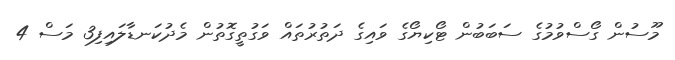
މޫސުން ގޯސްވުމުގެ ސަބަބުން ޓޯކިޔޯގެ ވައިގެ ދަތުރުތައް ވަގުތީގޮތުން މެދުކަނޑާލައިފި3 މަސް 4